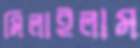
মিলাইলাম